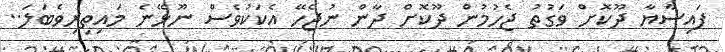
ފައިސާޔާ ދޫކޮށް ވަގުތު ޖެހުމުން ދޫކޮށް ދާން ނުޖެހޭ އެކަކުވެސް ނޫޅޭނެ މައިތިރިވެބަލަ..